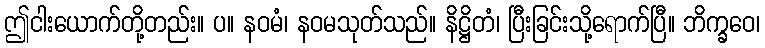
ဤငါးယောက်တို့တည်း။ ပ။ နဝမံ၊ နဝမသုတ်သည်။ နိဋ္ဌိတံ၊ ပြီးခြင်းသို့ရောက်ပြီ။ ဘိက္ခဝေ၊